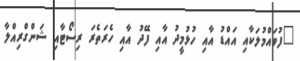
"ފުވައްމުލަކާއި އައްޑު އާއި ހުޅުމީދު އާއި ފޭދު އާއި ހެރަތެރަ ރިސޯޓާއި ޝަންގްރިއްލާ